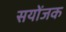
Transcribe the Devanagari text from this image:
सयोंजक